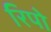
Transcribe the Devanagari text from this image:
रिपो